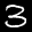
Label: 3